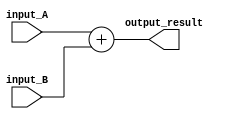
module Adder (
    input wire [31:0] input_A,
    input wire [31:0] input_B,
    output reg [31:0] output_result
);

always @ (*) begin
    output_result = input_A + input_B;
end

endmodule